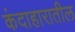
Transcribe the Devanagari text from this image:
कंदाहारातील